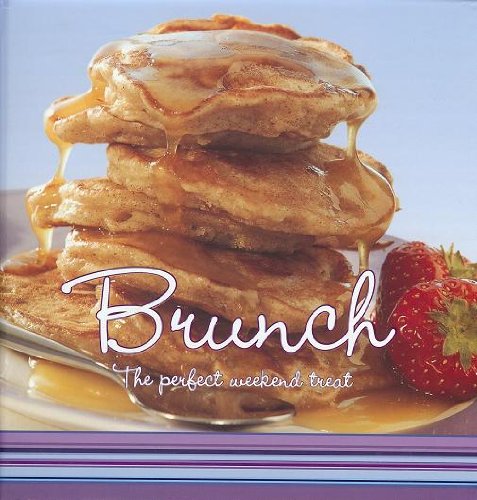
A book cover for Brunch- The Perfect Weekend Treat; Jennifer Donovan; Cookbooks, Food & Wine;